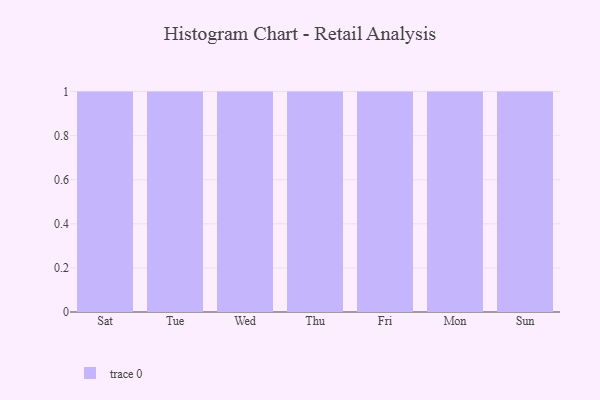
{"axis": {"x": "Day", "y": "Headcount"}, "legend": [""], "data": [{"x": "Sat", "y": 35, "type": ""}, {"x": "Tue", "y": 51, "type": ""}, {"x": "Wed", "y": 8, "type": ""}, {"x": "Thu", "y": 70, "type": ""}, {"x": "Fri", "y": 19, "type": ""}, {"x": "Mon", "y": 13, "type": ""}, {"x": "Sun", "y": 34, "type": ""}]}